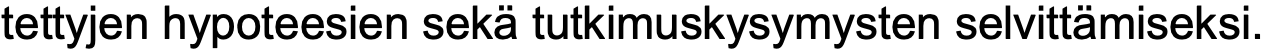
tettyjen hypoteesien sekä tutkimuskysymysten selvittämiseksi.